Report on lock hospitals in British Burma
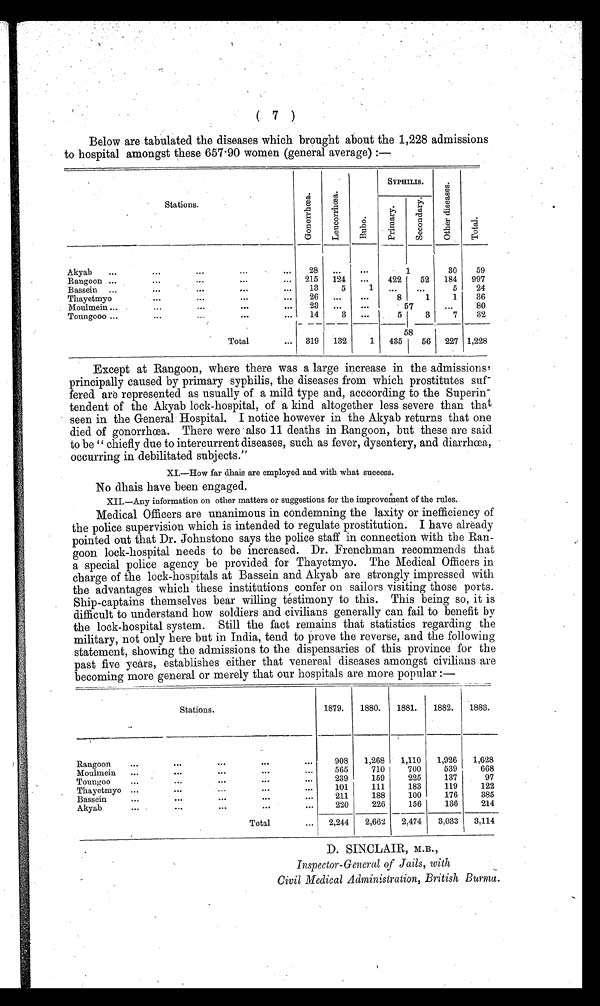
Below are tabulated the diseases which brought about the 1,228 admissions
to hospital amongst these 657.90 women (general average) :—
Stations.
Gonor r hœa.
Le uc or r hœa .
Bubo.
SYPHILIS.
Ot h e r d i s e a s e s .
Total
Primay.
S e c o n d a r y .
Akyab
...
...
...
...
...
28
.
. .
...
1
30
59
Rangoon ...
...
...
...
...
215
124
...
422
52
184
997
Bassein
...
...
...
...
. . .
13
5
1
...
. . .
5
24
Thayetmyo
...
...
. . .
...
26
...
...
8
1
1
36
Moulmein ..
...
. . .
...
. . .
23
...
...
57
...
8 0
Toung000 ...
...
...
. . .
..
14
3
...
5
3
7
32
.
58
Total
...
319
132
1 435
56
227 1,228
Except at Rangoon, where there was a large increase in the admissions'
principally caused by primary syphilis, the diseases from which prostitutes suf-
fered are represented as usually of a mild type and, acccording to the Superin-
tendent of the Akyab lock-hospital, of a kind altogether less severe than that
seen in the General Hospital. I notice however in the Akyab returns that one
died of gonorrhœa. There were also 11 deaths in Rangoon, but these are said
to be " chiefly due to intercurrent diseases, such as fever, dysentery, and diarrhœa,
occurring in debilitated subjects."
XI.—How far dhais are employed and with what success.
No dhais have been engaged.
XII.—Any information on other matters or suggestions for the improvement of the rules.
Medical Officers are unanimous in condemning the laxity or inefficiency of
the police supervision which is intended to regulate prostitution. I have already
pointed out that Dr. Johnstone says the police staff in connection with the Ran-
goon lock-hospital needs to be increased. Dr. Frenchman recommends that
a special police agency be provided for Thayetmyo. The Medical Officers in
charge of the lock-hospitals at Bassein and Akyab are strongly impressed with
the advantages which these institutions , confer on sailors visiting those ports.
Ship-captains themselves bear willing testimony to this. This being so, it is
difficult to understand how soldiers and civilians generally can fail to benefit by
the lock-hospital system. Still the fact remains that statistics regarding the
military, not only here but in India, tend to prove the reverse, and the following
statement, showing the admissions to the dispensaries of this province for the
past five years, establishes either that venereal diseases amongst civilians are
becoming more general or merely that our hospitals are more popular :—
Stations.
1879.
1880.
1881.
1882.
1883.
Rangoon
...
...
...
...
...
908
1,268
1,110
1,926
1,628
Moulmein
...
. . .
. . .
. . .
. . .
565
710
700
539
668
Toungoo
...
. . .
. . .
. . .
. . .
239
159
225
137
97
Thayetmyo ...
. . .
. . .
. . .
. . .
101
111
183
119
122
Bassein
...
...
...
...
...
211
188
100
176
385
Akyab
...
...
...
...
...
220
226
156
136
214
Total
...
2,244
2,662
2,474
3,033
3,114
D. SINCLAIR, M.B.,
Inspector-General of Jails, with
Civil Medical Administration, British Burma.